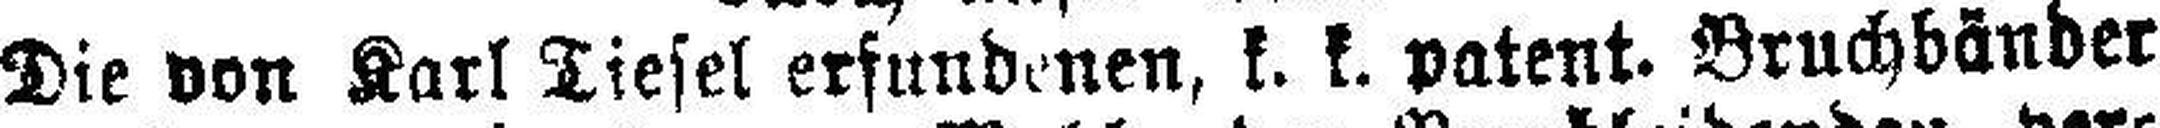
Die von Karl Diesel erfundenen, k. k. patent. Bruchbänder